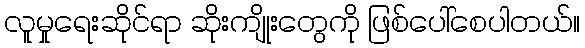
လူမှုရေးဆိုင်ရာ ဆိုးကျိုးတွေကို ဖြစ်ပေါ်စေပါတယ်။